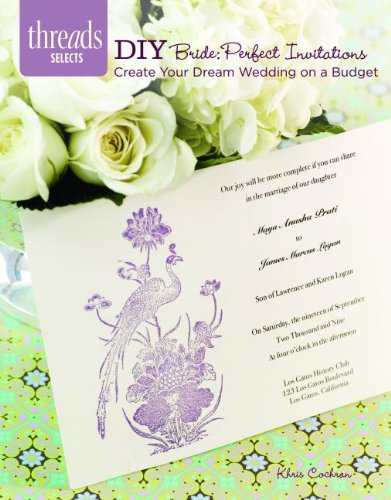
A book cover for DIY Bride: Perfect Invitations: create your dream wedding on a budget (Threads Selects); Khris Cochran; Crafts, Hobbies & Home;